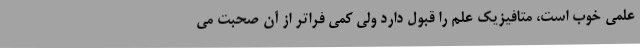
علمی خوب است، متافیزیک علم را قبول دارد ولی کمی فراتر از آن صحبت می